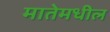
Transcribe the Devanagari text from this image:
मातेमधील